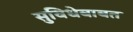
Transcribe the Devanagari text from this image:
सुविधेबाबत